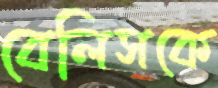
বেলিসকে